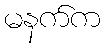
မနက်က